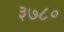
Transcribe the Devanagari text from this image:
३७८०